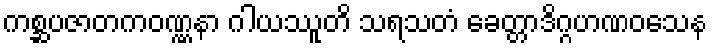
ကစ္ဆပဇာတကဝဏ္ဏနာ ဂါယဿူတိ သရသတံ ခေတ္တာဒိဂ္ဂဟဏဝသေန